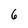
Character: 6